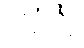
လူထု